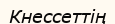
Кнессеттің